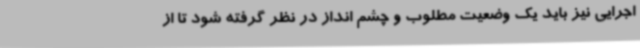
اجرایی نیز باید یک وضعیت مطلوب و چشم انداز در نظر گرفته شود تا از